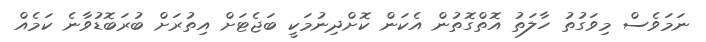
ނަމަވެސް މިވަގުތު ހާލަތު އޮތްގޮތުން އެކަން ކޮށްދިނުމަކީ ބަޖެޓަށް އިތުރަށް ބުރަބޮޑުވާނެ ކަމެއް